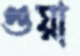
গুয়া